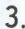
3